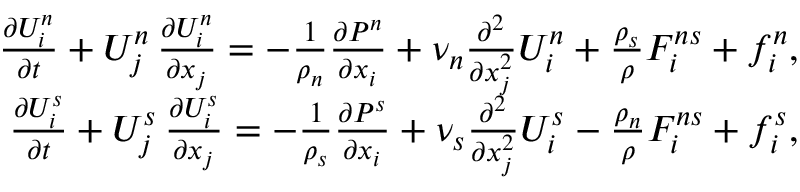
\begin{array} { r } { \frac { \partial U _ { i } ^ { n } } { \partial t } + U _ { j } ^ { n } \, \frac { \partial U _ { i } ^ { n } } { \partial x _ { j } } = - \frac { 1 } { \rho _ { n } } \frac { \partial P ^ { n } } { \partial x _ { i } } + \nu _ { n } \frac { \partial ^ { 2 } } { \partial x _ { j } ^ { 2 } } U _ { i } ^ { n } + \frac { \rho _ { s } } { \rho } F _ { i } ^ { n s } + f _ { i } ^ { n } , } \\ { \frac { \partial U _ { i } ^ { s } } { \partial t } + U _ { j } ^ { s } \, \frac { \partial U _ { i } ^ { s } } { \partial x _ { j } } = - \frac { 1 } { \rho _ { s } } \frac { \partial P ^ { s } } { \partial x _ { i } } + \nu _ { s } \frac { \partial ^ { 2 } } { \partial x _ { j } ^ { 2 } } U _ { i } ^ { s } - \frac { \rho _ { n } } { \rho } F _ { i } ^ { n s } + f _ { i } ^ { s } , } \end{array}